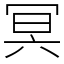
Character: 冥